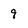
Character: 9